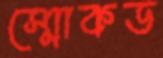
স্মোকড